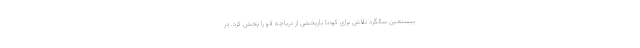
بیستمین سالگرد تلاش برای کودتا بازپخشی از دریاچه قو را پخش کرد. در